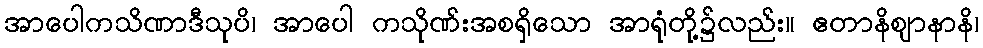
အာပေါကသိဏာဒီသုပိ၊ အာပေါ ကသိုဏ်းအစရှိသော အာရုံတို့၌လည်း။ ဧတာနိဈာနာနိ၊